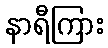
နာရီကြား